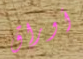
أوراق